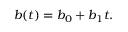
b ( t ) = b _ { 0 } + b _ { 1 } t .